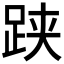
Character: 𬦯